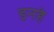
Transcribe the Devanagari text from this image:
इनहे